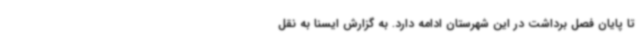
تا پایان فصل برداشت در این شهرستان ادامه دارد. به گزارش ایسنا به نقل